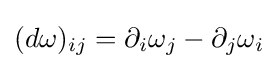
(d\omega )_{ij}=\partial _{i}\omega _{j}-\partial _{j}\omega _{i}